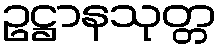
ဥဋ္ဌာနသုတ္တ